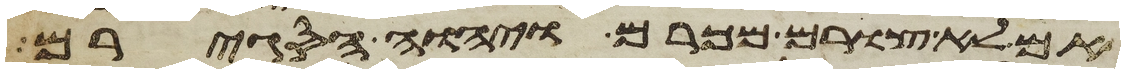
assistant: אם לא צורם מכרם ויהוה הסגירם